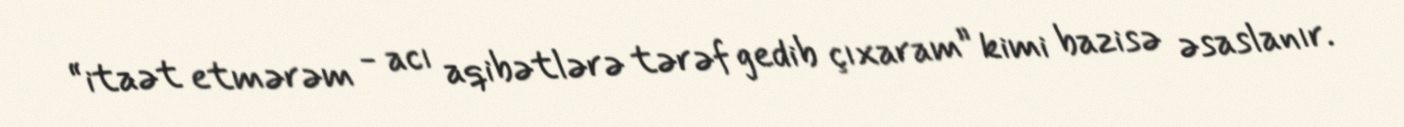
“itaət etmərəm - acı aqibətlərə tərəf gedib çıxaram” kimi bazisə əsaslanır.